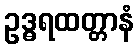
ဥဒ္ဓရထတ္တာနံ